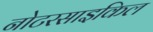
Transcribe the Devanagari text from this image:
नोटरसाइकिल